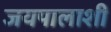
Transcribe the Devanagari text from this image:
जयपालाशी